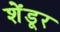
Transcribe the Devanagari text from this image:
शेंडूर